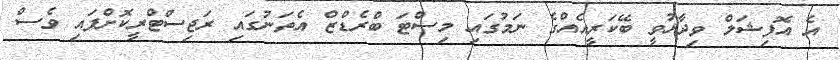
އެ އޮފިޝަލް ވިދާޅުވީ ބޭކަރީއެއްގެ ނަމުގައި މިސްޓަ ބްރެޑްޒް އެތަނުގައި ރަޖިސްޓްރީކޮށްފައި ވެސް